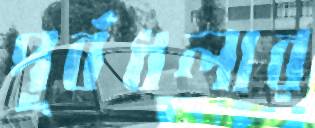
পূর্বধলার